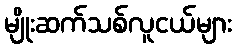
မျိုးဆက်သစ်လူငယ်များ